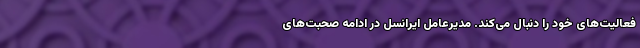
فعالیت‌های خود را دنبال می‌کند. مدیرعامل ایرانسل در ادامه صحبت‌های